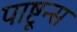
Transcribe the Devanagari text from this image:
पाष्टून्स